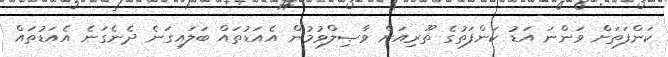
ކަންފަތަށް ވަންނަ އަޑު ކަންފަތުގެ ތޫރިއަށް ވާޞިލްވުމުން އެއަޑުތައް ބަލައިގަނެ ދެނެގަނެ އެއަޑުތައް